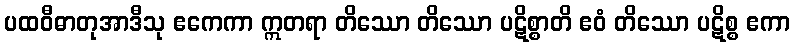
ပထဝီဓာတုအာဒီသု ဧကေကာ ဣတရာ တိဿော တိဿော ပဋိစ္စာတိ ဧဝံ တိဿော ပဋိစ္စ ဧကာ